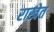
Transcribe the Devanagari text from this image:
राखेत